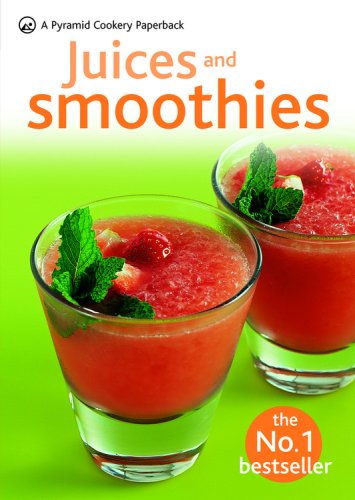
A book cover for Juices & Smoothies: A Pyramid Paperback (Pyramid Cookery Paperback); Hamlyn; Cookbooks, Food & Wine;